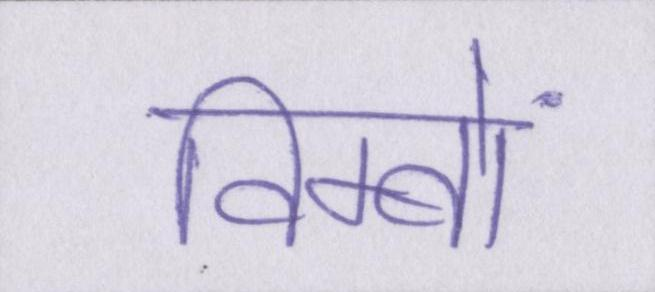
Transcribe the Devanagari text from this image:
विम्बों